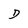
Character: D